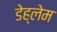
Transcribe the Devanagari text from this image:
डेह्लेम